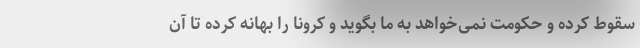
سقوط کرده و حکومت نمی‌خواهد به ما بگوید و کرونا را بهانه کرده تا آن